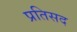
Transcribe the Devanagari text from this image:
प्रतिसद